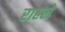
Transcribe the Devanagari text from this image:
राहले